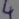
Text: 4